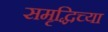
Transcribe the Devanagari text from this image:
समृद्धिच्या